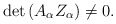
\begin{align*}\det \left( A_\alpha Z_\alpha \right) \neq 0.\end{align*}